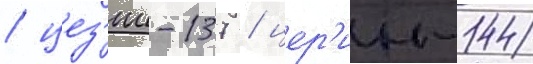
/ цез'ии-137 / цер'ии-144